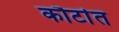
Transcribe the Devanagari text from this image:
कौर्टात